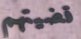
قضيتهم